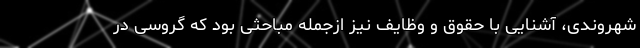
شهروندی، آشنایی با حقوق و وظایف نیز ازجمله مباحثی بود که گروسی در